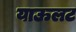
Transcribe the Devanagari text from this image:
याऊलट